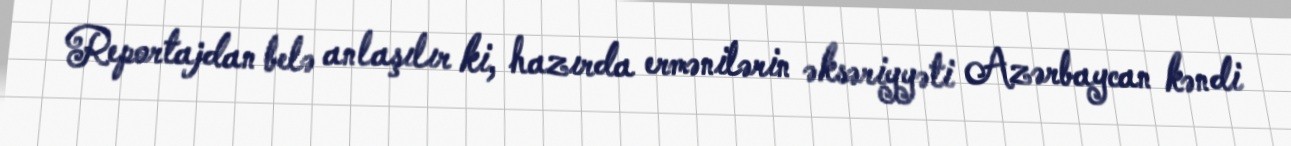
Reportajdan belə anlaşılır ki, hazırda ermənilərin əksəriyyəti Azərbaycan kəndi